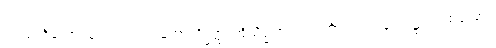
ဥပသင်္ကမိတွာ၊ ချဉ်းကပ်၍။ ဘောသိဒ္ဓတ္ထ၊ အိုသိဒ္ဓါတ်။ ပလ္လင်္ကာ၊ ပလ္လင်မှ။ ဥဋ္ဌဟ၊ ထလော့။